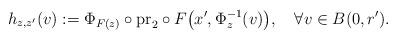
LaTeX: \begin{align*} h_{z,z'}(v):= \Phi_{F(z)}\circ \mathrm{pr}_2\circ F\big(x',\Phi_z^{-1}(v)\big), \quad\forall v\in B(0,r').\end{align*}